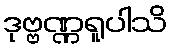
ဒုဗ္ဗဏ္ဏရူပါသိ